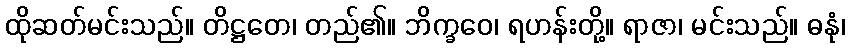
ထိုဆတ်မင်းသည်။ တိဋ္ဌတေ၊ တည်၏။ ဘိက္ခဝေ၊ ရဟန်းတို့။ ရာဇာ၊ မင်းသည်။ ဓနုံ၊